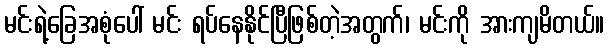
မင်းရဲ့ခြေအစုံပေါ် မင်း ရပ်နေနိုင်ပြီဖြစ်တဲ့အတွက်၊ မင်းကို အားကျမိတယ်။